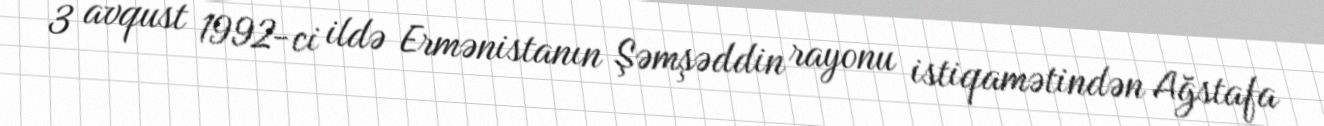
3 avqust 1992-ci ildə Ermənistanın Şəmşəddin rayonu istiqamətindən Ağstafa